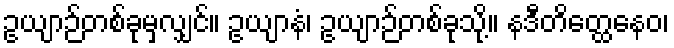
ဥယျာဉ်တစ်ခုမှလျှင်။ ဥယျာနံ၊ ဥယျာဉ်တစ်ခုသို့။ နဒီတိတ္ထေနေဝ၊